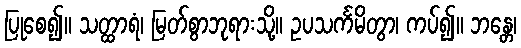
ပြုစေ၍။ သတ္ထာရံ၊ မြတ်စွာဘုရားသို့။ ဥပသင်္ကမိတွာ၊ ကပ်၍။ ဘန္တေ၊